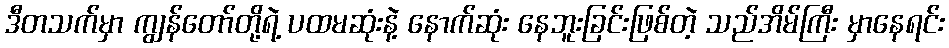
ဒီတသက်မှာ ကျွန်တော်တို့ရဲ့ ပထမဆုံးနဲ့ နောက်ဆုံး နေဘူးခြင်းဖြစ်တဲ့ သည်အိမ်ကြီး မှာနေရင်း